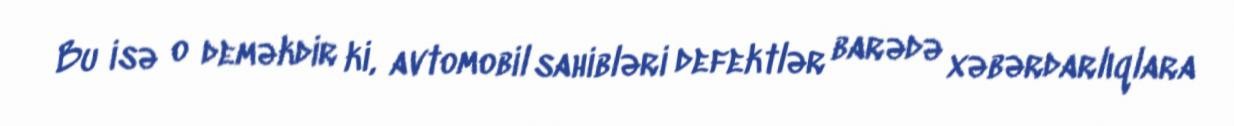
Bu isə o deməkdir ki, avtomobil sahibləri defektlər barədə xəbərdarlıqlara